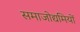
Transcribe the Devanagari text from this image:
समाजोद्यमियों